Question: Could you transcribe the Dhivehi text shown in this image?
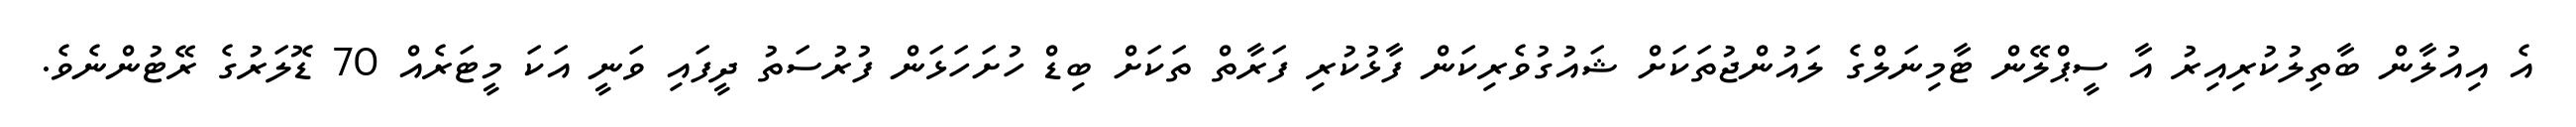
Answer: އެ އިއުލާން ބާތިލުކުރިއިރު އާ ސީޕްލޭން ޓާމިނަލްގެ ލައުންޖުތަކަށް ޝައުގުވެރިކަން ފާޅުކުރި ފަރާތް ތަކަށް ބިޑް ހުށަހަޅަން ފުރުސަތު ދީފައި ވަނީ އަކަ މީޓަރެއް 70 ޑޮލަރުގެ ރޭޓުންނެވެ.